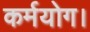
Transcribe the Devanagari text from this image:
कर्मयोग।